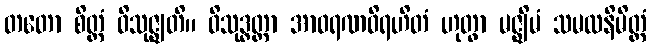
တတော စိတ္တံ ဝိသုဇ္ဈတိ။ ဝိသုဒ္ဓတ္တာ အာဝရဏဝိရဟိတံ ဟုတွာ မဇ္ဈိမံ သမထနိမိတ္တံ